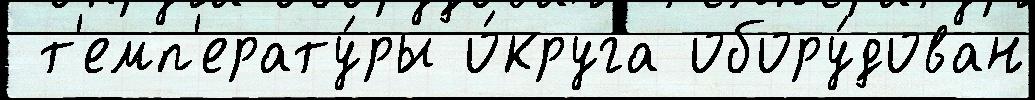
 т'емп'ерату́ры о́круга обору́дован